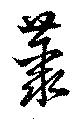
叢